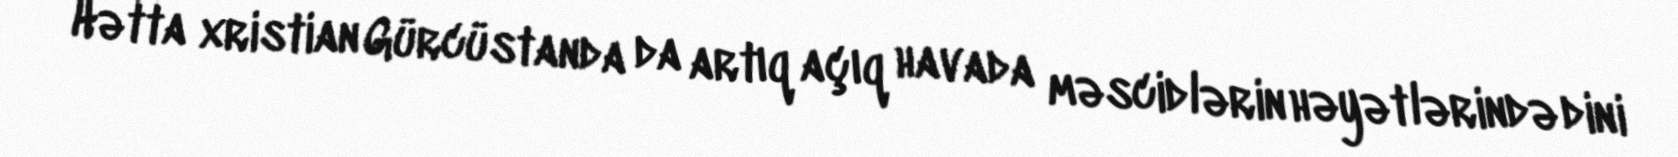
Hətta xristian Gürcüstanda da artıq açıq havada məscidlərin həyətlərində dini